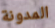
المدونة